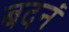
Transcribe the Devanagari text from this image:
बदनं